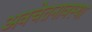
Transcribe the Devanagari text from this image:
अवचेतनावस्था